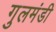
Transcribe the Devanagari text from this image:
गुलमंडी